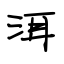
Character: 洱